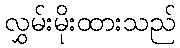
လွှမ်းမိုးထားသည်